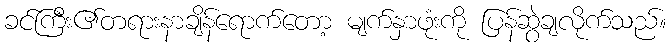
ခင်ကြီး၏တရားနာချိန်ရောက်တော့ မျက်နှာဖုံးကို ပြန်ဆွဲချလိုက်သည်။